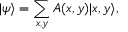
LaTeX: | \psi \rangle = \sum _ { x , y } A ( x , y ) | x , y \rangle ,